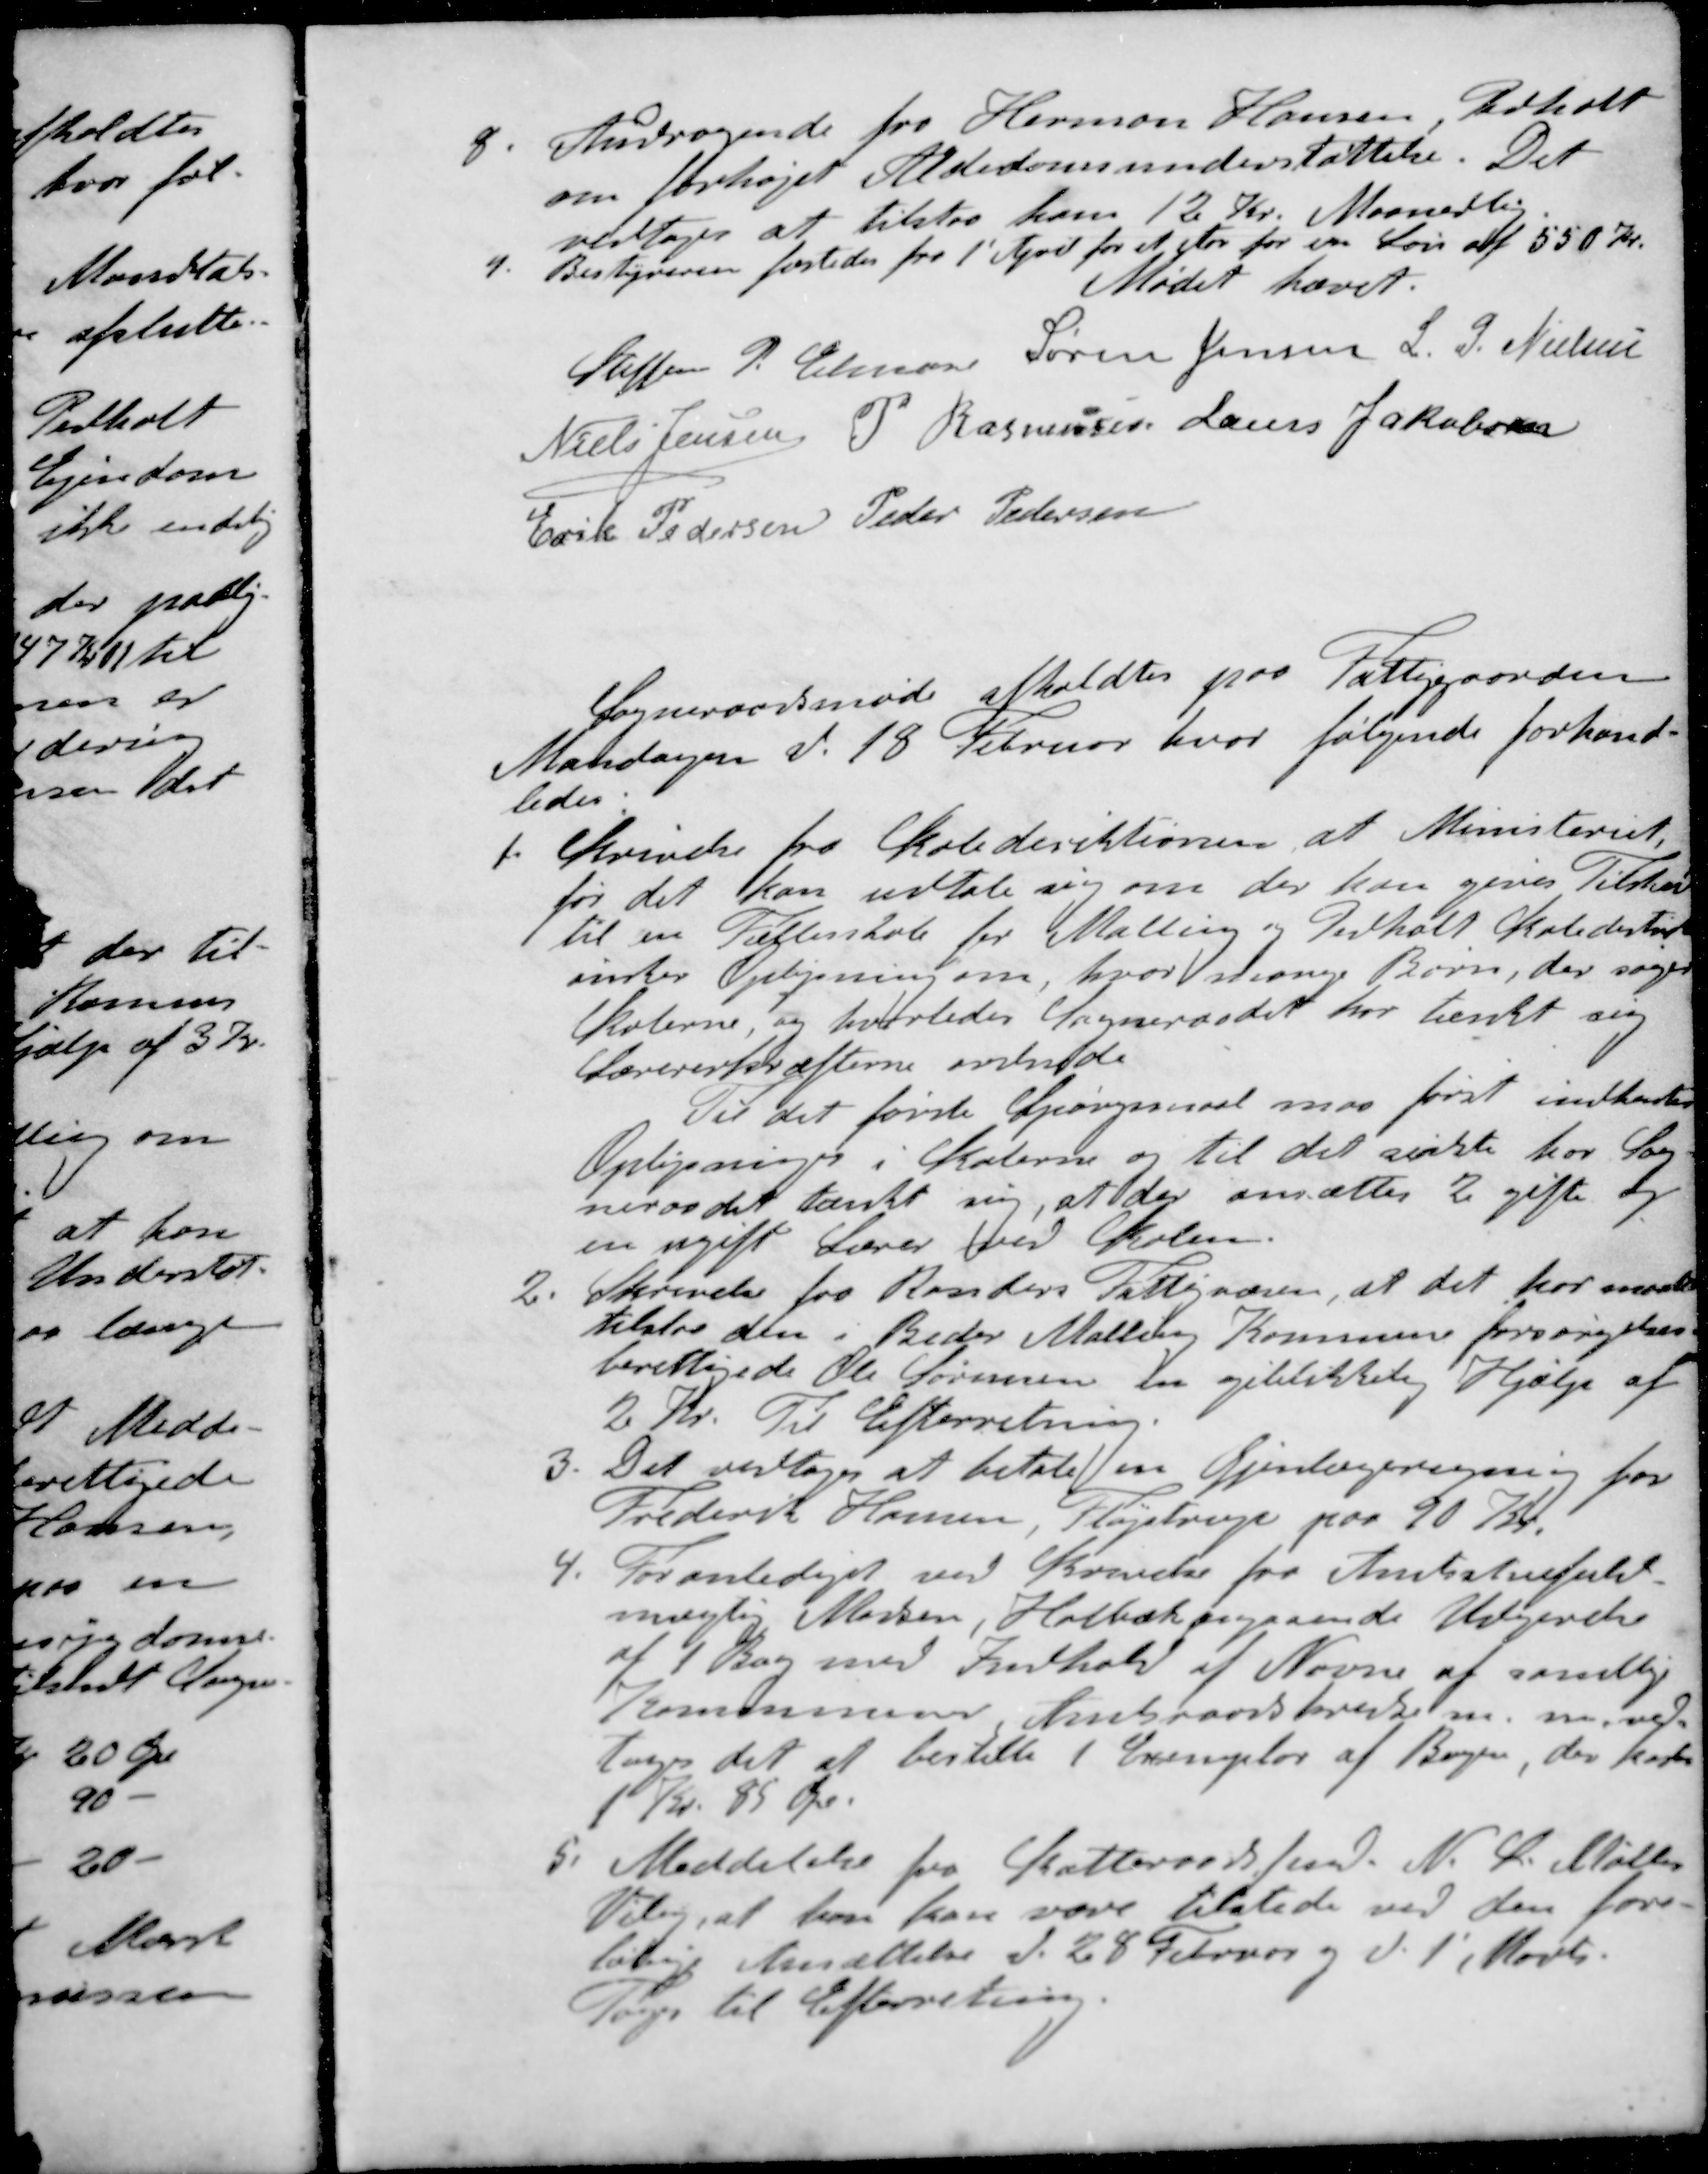
Transskription:
8. Andragende fra Herman Hansen Pedholt
om forhøjet Alderdomsunderstøttelse. Det
vedtoges at tilstaa ham 12 Kr. Maanedlig
9. Bestyreren fæstedes fra 1' April for et Aar for en Løn af 550 Kr.
Mødet hævet.
Steffen P Elmose
Søren Jensen
L P Nielsen
Niels Jensen
P Rasmussen
Laurs Jakobsen
Erik Pedersen
Peder Pedersen
Sogneraadsmøde afholdtes paa Fattiggaarden
Mandagen d. 18 Februar hvor følgende forhand-
ledes.
1. Skrivelse fra Skoledirektionen at Ministeriet
før det kan udtale sig om der kan gives Tilskud
til en Fællesskole for Malling og Pedholt Skoledistrikt
ønsker Oplysning om, hvor mange Børn, der søger
Skolerne, og hvorledes Sogneraadet har tænkt sig
Lærererkræfterne ordnede
Til det første Spørgsmaal maa først indhentes
Oplysninger i Skolerne og til det sidste har Sog-
neraadet tænkt sig, at der ansættes 2 gifte og
en ugift Lærer ved Skolen.
2. Skrivelse fra Randers Fattigvæsen, at det har maattet
tilstaa den i Beder Malling Kommune forsørgelses-
berettigede Ole Sørensen en øjeblikkelig Hjælp af
2 Kr. Til Efterretning.
3. Det vedtoges at betale en Øjenlægeregning for
Frederik Hansen, Fløjstrup paa 90 Kr.
4. Foranlediget ved Skrivelse fra Amtsstuefuld-
mægtig Madsen, Holbæk angaaende Udgivelse
af 1 Bog med Indhold af Navne af samtlig
Kommunen, Amtsraadskredse m. m. ved
toges det at bestille 1 Exemplar af Bogen, der koster
1 Kr. 85 Øre.
5. Meddelelse fra Skatteraadsfmd. N. L. Møller
Viby, at han kan være tilstede ved den fore-
libige Ansættelse d. 28 Februar og d. 1' Marts.
Toges til Efterretning.